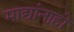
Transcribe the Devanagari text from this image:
माद्यांनाही